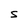
Character: S